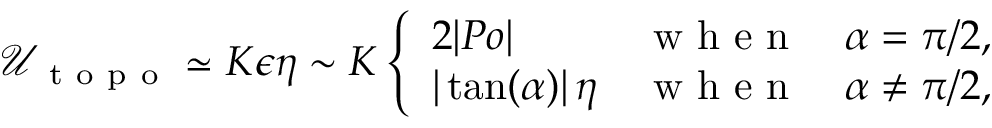
\mathcal { U } _ { \mathrm { ~ t ~ o ~ p ~ o ~ } } \simeq K \epsilon \eta \sim K \left\{ \begin{array} { l l } { 2 | P o | } & { \mathrm { ~ w ~ h ~ e ~ n ~ } \quad \alpha = \pi / 2 , } \\ { | \tan ( \alpha ) | \, \eta } & { \mathrm { ~ w ~ h ~ e ~ n ~ } \quad \alpha \neq \pi / 2 , } \end{array} \right.